Suure-Kopu_vallavalitsus, lk 70
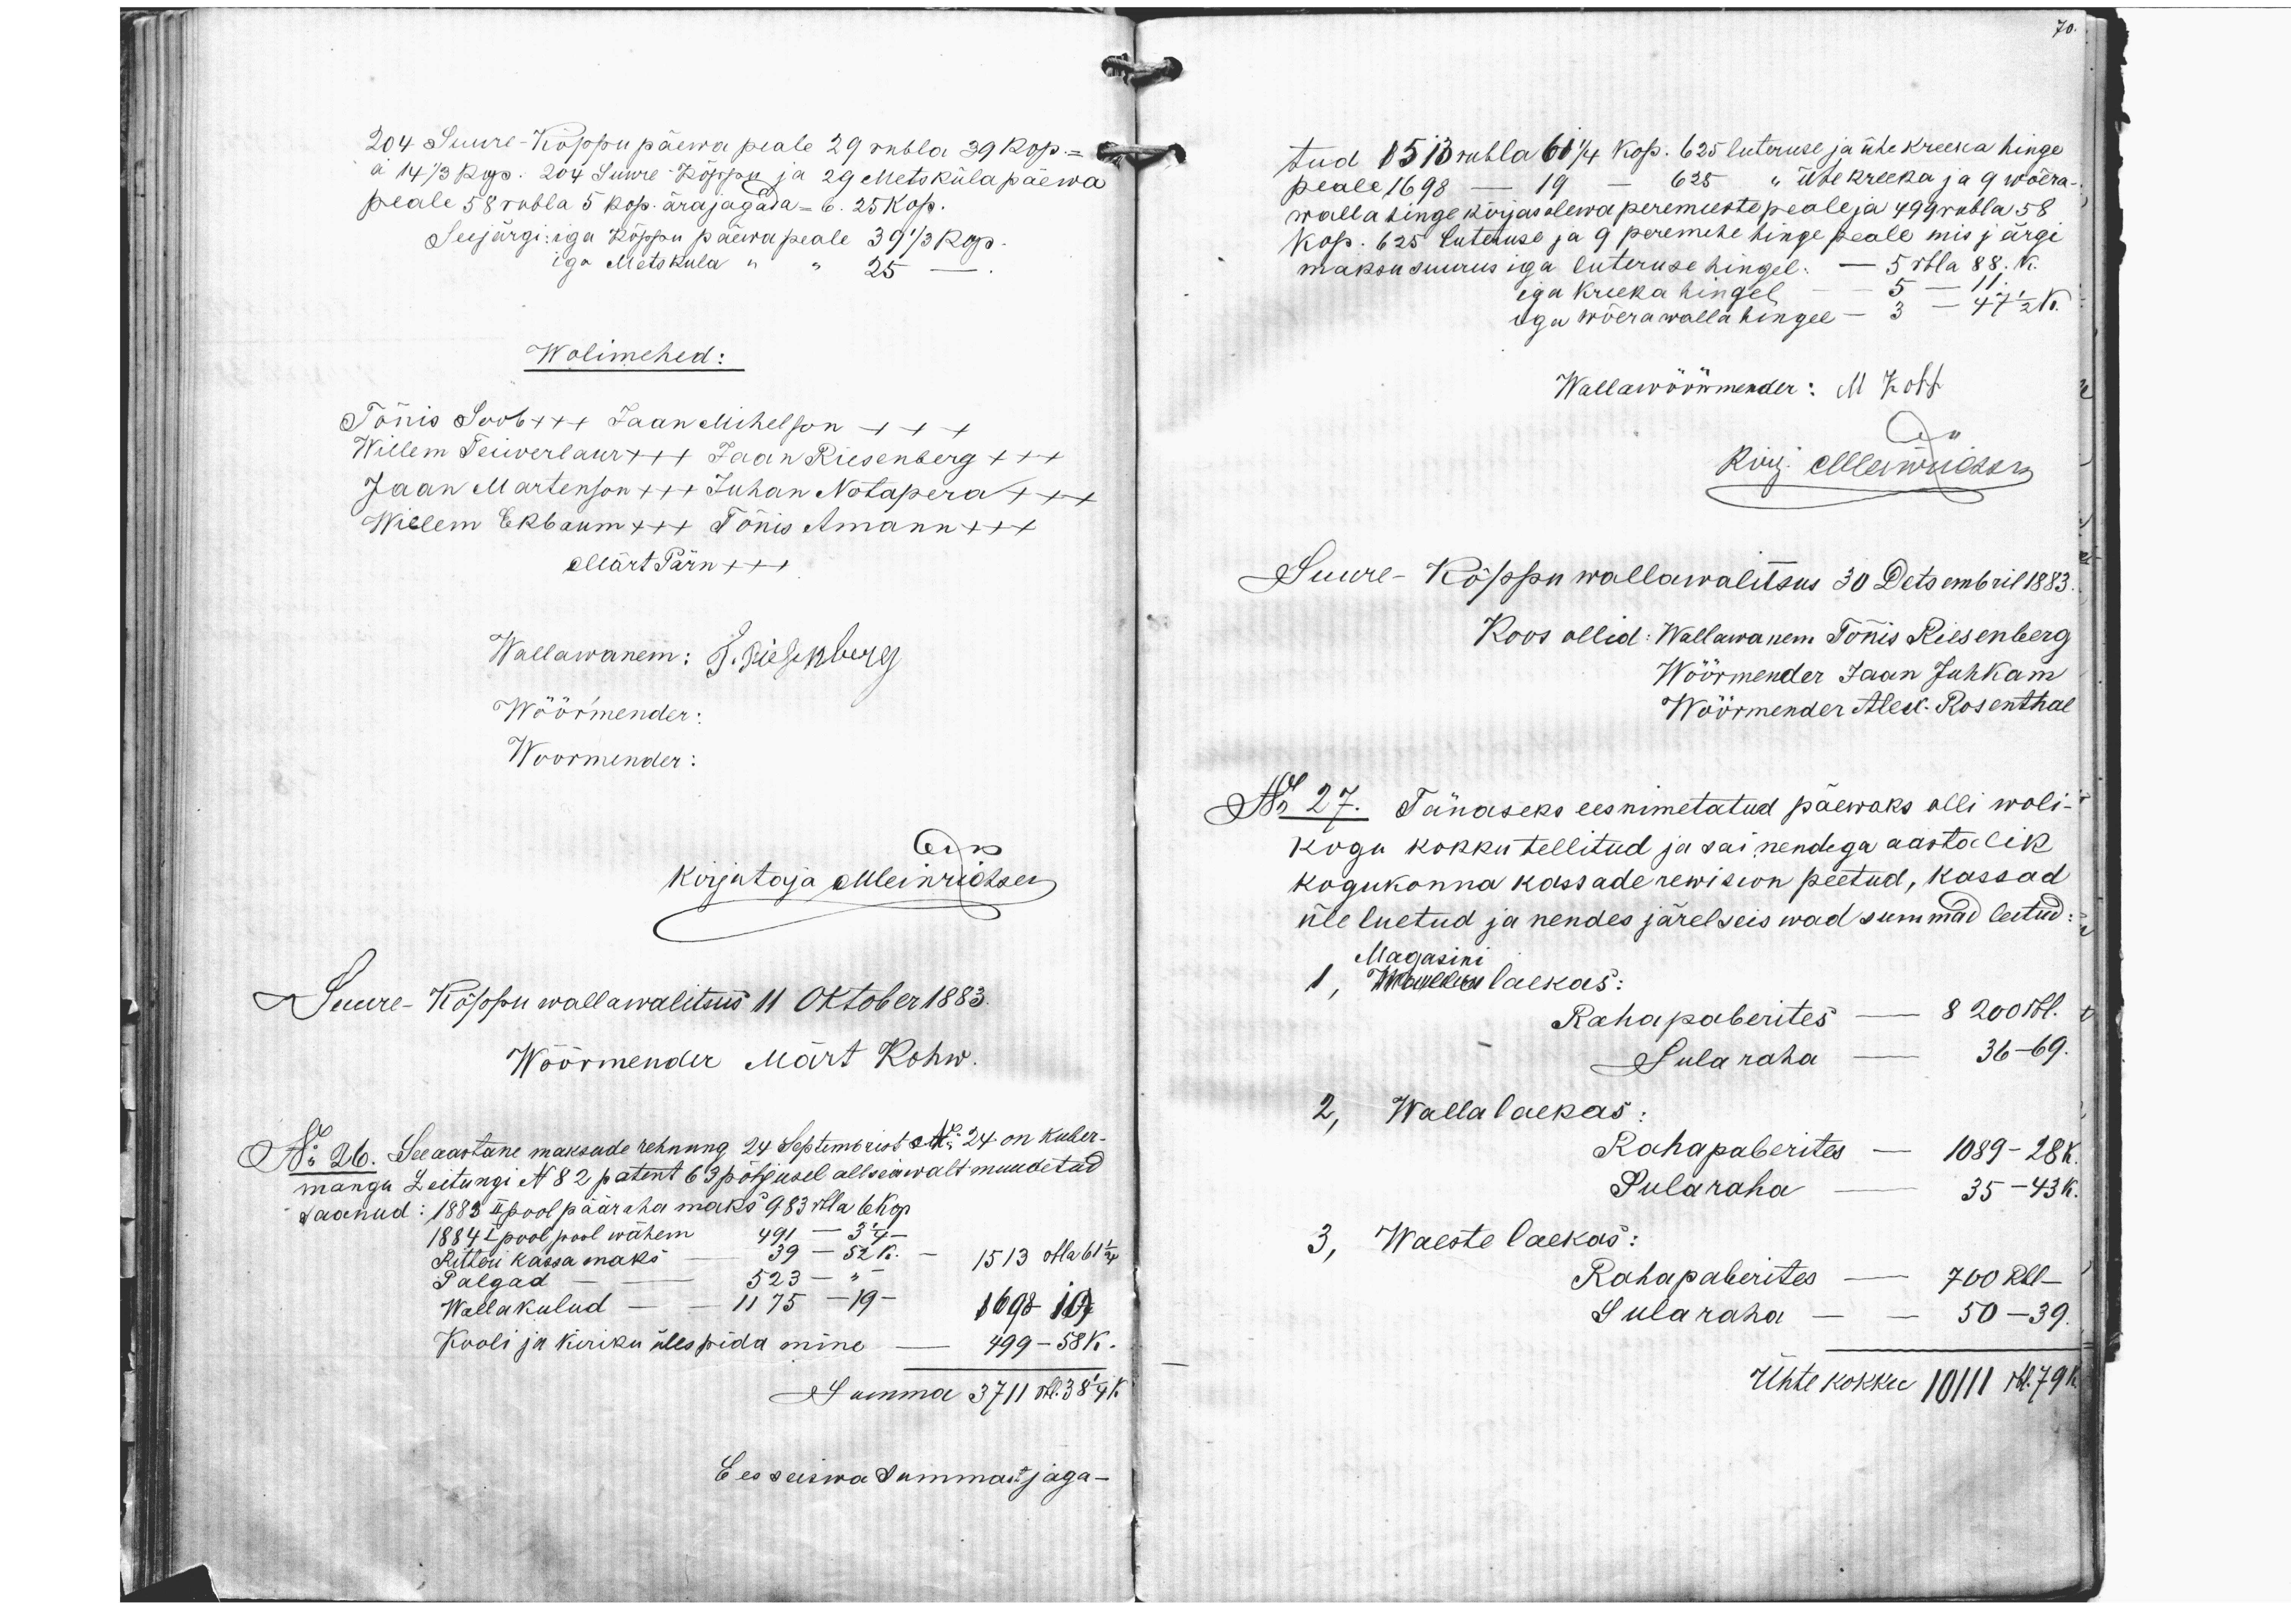
70.

204 Suure-Kõppu päewa peale 29 rubla 39 kop. -
à 14 1/3 kop. 204 Suure Kõppu ja 29 Metsküla päewa
peale 58 rubla 5 kop. ära jagada = 6. 25 kop.
Seejärgi: iga kõppu päewapeale 39 1/3 kop.
iga Metsküla " " 25 -
Wolimehed:
Tõnis Soob xxx Jaan Mihelson xxx+
Willem Teiwerlaur +++ Jaan Riesenberg x++
Jaan Martenson +++ Juhan Notapera xxx
Willem Ekbaum x++ Tõnis Amann x++
Märt Pärn x++
Wallawanem: J. Riesenberg
Wöörmender:
Woormender:
kirjutaja et Meinrichsen
Suure-Kõppu wallawalitsus 11 oktober 1883.
Wöörmender Märt Kohw.
No 26. See aastane maksude rehnung 24 Septembrist No 24 on kuber-
mangu Zeitungi No 82 patent 63 põhjusel allseiswalt muudetud
saanud: 1883 II pool pääraha maks 983 rbla 6 Kop
1884 I pool pool wähem 491 - 3 1/4 -
Ritteri kassa maks - 39 - 52 K.  - 1513 rbla 61 1/4
Palgad -523 - " -
Wallakulud - 1175 - 19 - 1698 - 19
Kooli ja kiriku ülespida mine - 499 - 58 K.
Summa 3711 rbl. 38 1/4 K.
Ees seiswa summast jaga -

tud 1513 rubla 61 1/4 kop. 625 luteruse ja ühe kreeka hinge
peale 1698 - 19 - 625  " ühe kreeka ja 9 wõera-
walla hinge kirjas olewa peremeeste peale ja 499 rubla 58
kop. 625 luteruse ja 9 peremehe hinge peale mis järgi
maksu suurus iga luteruse hingel. - 5 rbla 88. K.
iga Kreeka hingel - 5 - 11.
iga wõera walla hinge - 3 - 47 1/2 K.
Wallawöörmender: M Koff
kirj. ellewiosam
Suure-Kõppu wallawalitsus 30 Detsembril 1883.
Koos ollid: Wallawanem Tõnnis Riesenberg
Wöörmender Jaan Juhkam
Wöörmender Alex Rosenthal
No 27. Tänaseks eesnimetatud päewaks olli woli-
kogu kokku tellitud ja sai nendega aastalik
kogukonna kassade rewision peetud, kassad
üle luetud ja nendes järelseiswad summad leitud:
Magasini
1, Mauel laekas:
Rahapaberites - 8 200 rbl.
Sula raha - 36 - 69.
2, Wallalaekas:
Rahapaberites - 1089 - 28 K.
Sularaha - 35 - 43k.
3, Waeste laekas:
Rahapaberites - 700 Rbl -
Sularaha - 50 - 39.
Ühte kokku 10111 rbl.  79 k.